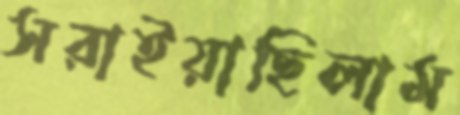
সরাইয়াছিলাম